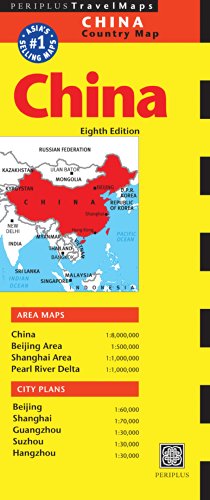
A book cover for China Travel Map Eighth Edition (Periplus Travel Maps); Travel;